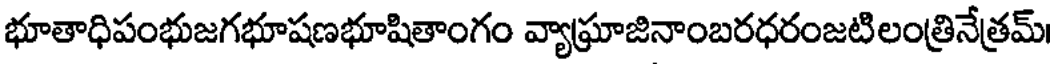
భూతాధిపంభుజగభూషణభూషితాంగం వ్యాఘ్రాజినాంబరధరంజటిలంత్రినేత్రమ్